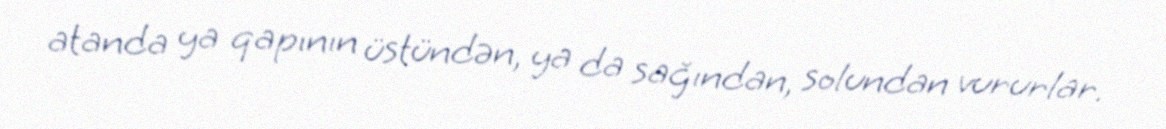
atanda ya qapının üstündən, ya da sağından, solundan vururlar.